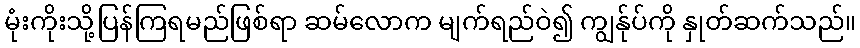
မုံးကိုးသို့ပြန်ကြရမည်ဖြစ်ရာ ဆမ်လောက မျက်ရည်ဝဲ၍ ကျွန်ုပ်ကို နှုတ်ဆက်သည်။